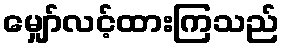
မျှော်လင့်ထားကြသည်